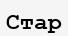
Стар